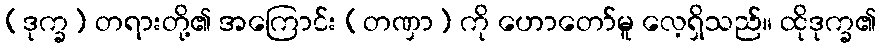
(ဒုက္ခ) တရားတို့၏ အကြောင်း (တဏှာ) ကို ဟောတော်မူ လေ့ရှိသည်။ ထိုဒုက္ခ၏